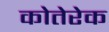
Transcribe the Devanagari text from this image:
कोतेरेक